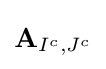
\mathbf {A} _{I^{c},J^{c}}